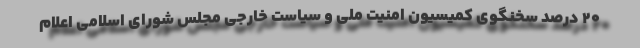
20 درصد سخنگوی کمیسیون امنیت ملی و سیاست خارجی مجلس شورای اسلامی اعلام